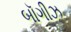
બૉગીઝ